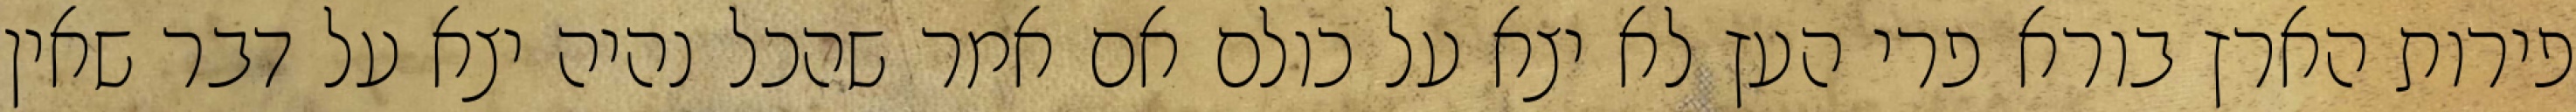
פירות הארץ בורא פרי העץ לא יצא על כולם אם אמר שהכל נהיה יצא על דבר שאין